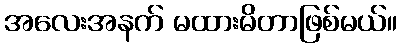
အလေးအနက် မထားမိတာဖြစ်မယ်။